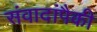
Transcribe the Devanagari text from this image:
संवादांपैकी